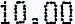
10.00